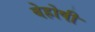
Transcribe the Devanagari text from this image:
बेहोषी